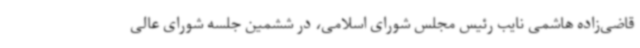
قاضی‌زاده هاشمی نایب رئیس مجلس شورای اسلامی، در ششمین جلسه شورای عالی